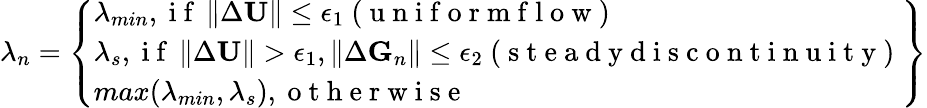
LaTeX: \lambda_{n}=\left\{ \begin{array}{l}{\lambda_{min},\mathrm{~i~f~}\left\| \Delta\textbf{U}\right\| \leq\epsilon_{1}\mathrm{~(~u~n~i~f~o~r~m~f~l~o~w~)~}}\\ {\lambda_{s},\mathrm{~i~f~}\left\| \Delta\textbf{U}\right\| >\epsilon_{1},\left\| \Delta\textbf{G}_{n}\right\| \leq\epsilon_{2}\mathrm{~(~s~t~e~a~d~y~d~i~s~c~o~n~t~i~n~u~i~t~y~)~}}\\ {max(\lambda_{min},\lambda_{s}),\mathrm{~o~t~h~e~r~w~i~s~e~}}\end{array}\right\}